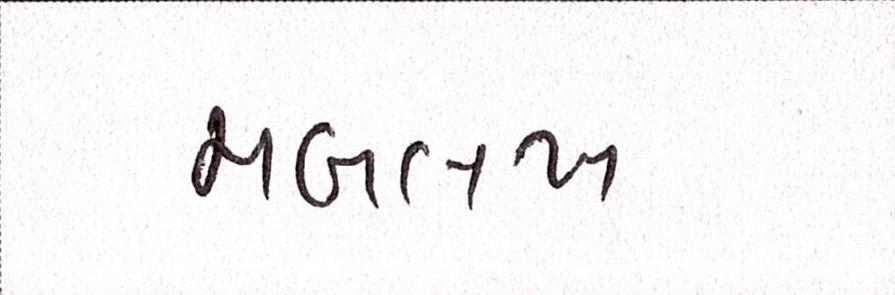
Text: મબલખ